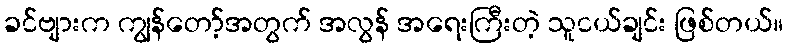
ခင်ဗျားက ကျွန်တော့်အတွက် အလွန် အရေးကြီးတဲ့ သူငယ်ချင်း ဖြစ်တယ်။